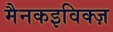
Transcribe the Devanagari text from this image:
मैनकइविक्ज़